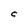
Character: c